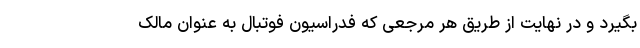
بگیرد و در نهایت از طریق هر مرجعی که فدراسیون فوتبال به عنوان مالک